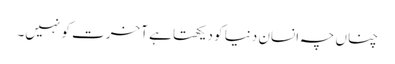
چناں چہ انسان دنیا کو دیکھتا ہے آخرت کو نہیں۔